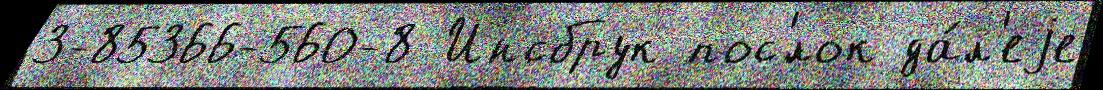
3-85366-560-8 Инсбрук пос'́лок да́л'еjе